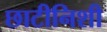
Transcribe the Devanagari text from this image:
छाटीनिशी